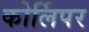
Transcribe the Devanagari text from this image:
कोर्लिपर